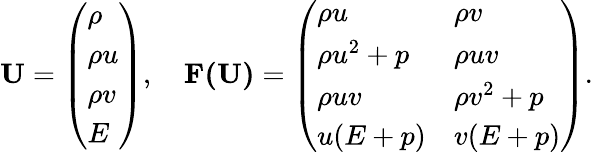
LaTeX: \mathbf{U}=\left(\begin{array}{l}{\rho}\\ {\rho u}\\ {\rho v}\\ {E}\end{array}\right),\quad\mathbf{F(\mathbf{U})}=\left(\begin{array}{ll}{\rho u}&{\rho v}\\ {\rho u^{2}+p}&{\rho uv}\\ {\rho uv}&{\rho v^{2}+p}\\ {u(E+p)}&{v(E+p)}\end{array}\right).